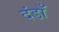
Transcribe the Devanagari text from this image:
दंडाँ